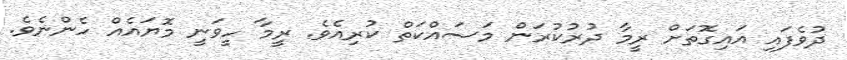
ދުވެފައި އައިގޮތަށް ރީމާ ދުރުކުރަން މަސައްކަތް ކުރިއެވެ. ރީމާ ހީވަނީ މޮޔައެއް ހެންނެވެ.